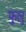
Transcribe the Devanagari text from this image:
फुलु